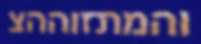
והמתזוההצ